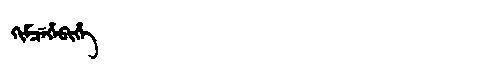
Manchu: ᡴᡳᠮᠴᡝᡥᡝᠪᡳᡥᡝ
Romanization: KIMCEHEBIHE